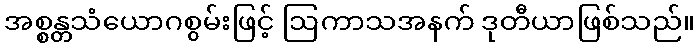
အစ္စန္တသံယောဂစွမ်းဖြင့် ဩကာသအနက် ဒုတီယာဖြစ်သည်။